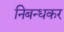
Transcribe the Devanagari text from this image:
निबन्धकर